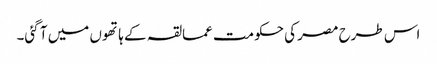
اس طرح مصر کی حکومت عمالقہ کے ہاتھوں میں آ گئی۔